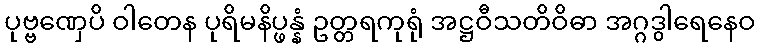
ပုဗ္ဗဏှေပိ ဝါတေန ပုရိမနိပ္ဖန္နံ ဥတ္တရကုရုံ အဋ္ဌဝီသတိဝိဓာ အဂ္ဂဒွါရေနေဝ